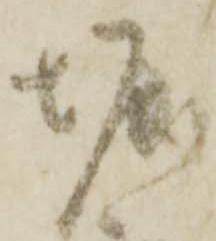
堀